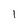
Character: l